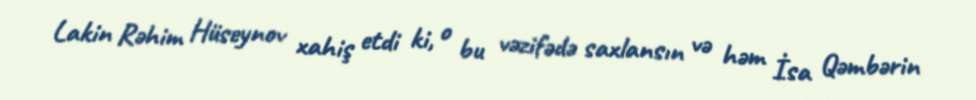
Lakin Rəhim Hüseynov xahiş etdi ki, o bu vəzifədə saxlansın və həm İsa Qəmbərin